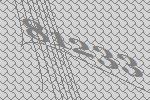
81233